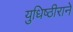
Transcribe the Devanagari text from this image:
युधिष्ठीराने